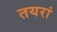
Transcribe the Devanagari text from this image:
तयरां